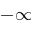
- \infty